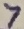
Text: 7